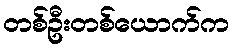
တစ်ဦးတစ်ယောက်က